Lunatic asylums United Provinces 1909-1921 - 1909-1921
Year: 1909
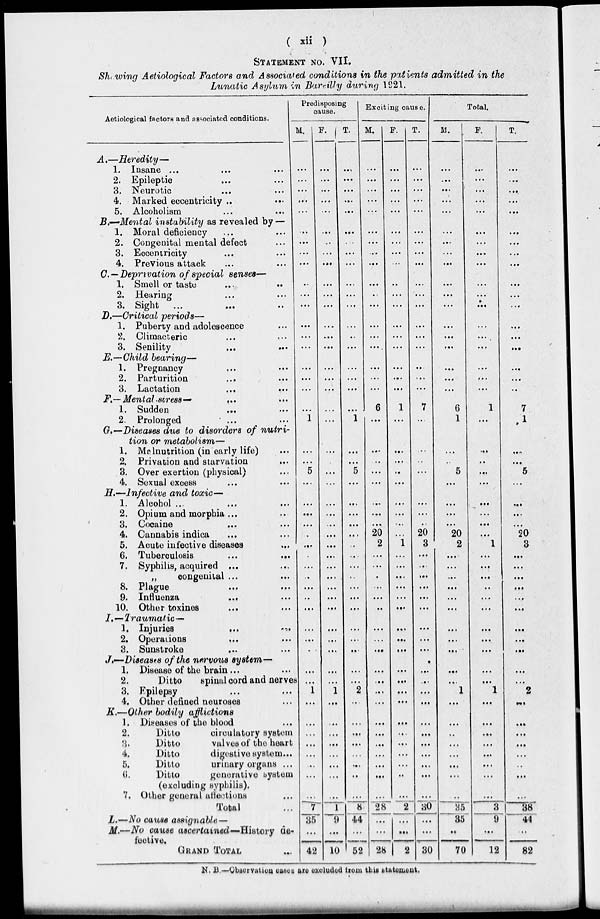
( xii )
STATEMENT NO. VII.
Showing Aetiological Factors and Associated conditions in the patients admitted in the
Lunatic Asylum in Bareilly during 1921.
Aetiological factors and associated conditions.
A.—Heredity—
1.
2.
3.
4.
5.
Insane ... ... ...
Epileptic ... ... ...
Neurotic
...
...
...
Marked eccentricity .. ...
Alcoholism ... ...
B.—Mental instability as revealed by —
1.
2.
3.
4.
Moral deficiency ... ...
Congenital mental defect ...
Eccentricity ... ...
Previous attack ... ...
C.— Deprivation of special senses—
1.
2.
3.
Smell or taste ... ...
Hearing ... ...
Sight
...
... ...
D.—Critical periods—
1.
2.
3.
Puberty and adolescence ...
Climacteric ... ...
Senility ... ...
E.—Child bearing—
1.
2.
3.
Pregnancy
... ...
Parturition
... ...
Lactation
... ...
F.—Mental stress— ... ...
1.
2.
Sudden ... ...
Prolonged ... ...
G.—Diseases due to disorders of nutri-
tion or metabolism—
1.
2.
3.
4.
Malnutrition (in early life) ...
Privation and starvation ...
Over exertion (physical) ...
Sexual excess ... ...
H.—Infective and toxic—
1.
2.
3.
4.
5.
6.
7.
8.
9.
10.
Alcohol ... ... ...
Opium and morphia ... ...
Cocaine
... ...
Cannabis indica ... ...
Acute infective diseases ...
Tuberculosis
... ...
Syphilis, acquired ... ...
„
congenital ... ...
Plague ... ...
Influenza
... ...
Other toxines ... ...
I.—Traumatic—
1.
2.
3.
Injuries
... ...
Operations ... ...
Sunstroke ... ...
J.—Diseases of the nervous system—
1.
2.
3.
4.
Disease of the brain ... ...
Ditto
spinal cord and nerves
Fpilepsy ... ...
Other defined neuroses ...
K.—Other bodily afflictions
1.
2.
3.
4.
5.
6.
7.
Diseases of the blood ...
Ditto
circulatory system
Ditto
valves of the heart
Ditto
digestive system...
Ditto
urinary organs ...
Ditto
generative system
(excluding syphilis).
Other general attentions ...
Total ...
L.—No cause assignable —
M.—No cause ascertained—History
de-
fective.
GRAND TOTAL ...
Predisposing
cause.
M.
...
...
...
...
...
...
...
...
...
..
...
...
...
...
...
...
...
...
...
1
...
...
5
...
...
...
...
...
...
.
...
...
...
..
...
...
...
..
...
...
1
...
...
...
...
...
...
...
... 7
35
...
42
F.
...
...
...
...
...
...
...
...
...
...
...
...
...
...
...
...
...
...
...
...
...
...
...
...
...
...
...
...
...
...
...
...
...
...
...
...
...
...
...
...
1
...
...
...
...
...
...
...
...
1
9
...
10
T.
...
...
...
...
...
...
...
...
...
...
...
...
...
..
...
...
...
...
...
1
...
...
5
...
...
...
...
...
..
...
...
...
...
...
...
...
...
...
...
...
2
...
...
...
...
...
...
..
...
8
44
...
52
Exciting cause.
M.
...
...
...
...
...
...
...
..
...
...
..
...
...
...
...
...
...
...
6
...
...
..
...
...
...
...
...
20
2
...
...
...
...
...
..
...
...
...
...
...
...
...
...
...
...
...
...
...
...
28
...
...
28
F.
...
...
...
...
...
...
...
...
...
..
...
...
...
...
...
...
...
...
1
...
...
...
..
...
...
...
...
...
1
...
...
...
...
...
...
...
...
...
...
...
...
...
...
...
...
...
..
...
2
...
...
2
T.
...
...
...
...
...
...
...
...
...
...
...
...
...
...
...
...
...
...
7
...
...
...
...
...
...
...
...
20
3
...
...
...
...
...
...
...
...
...
...
...
...
...
...
...
...
...
...
...
...
30
...
...
30
Total.
M.
...
...
...
...
...
...
...
...
...
...
...
...
...
...
...
...
...
...
6
1
...
..
5
...
...
...
...
20
2
...
...
...
...
...
...
...
...
...
...
...
1
...
...
..
...
...
...
...
35 35
35
..
70
F.
...
...
...
...
...
...
...
...
...
...
...
...
...
...
...
...
...
...
1
...
...
..
...
...
...
...
...
...
1
...
...
...
..
...
...
...
...
...
...
...
1
...
...
...
...
...
...
...
...
3
9
...
12
T.
...
...
...
...
...
...
...
...
...
...
...
...
...
...
...
...
...
..
7
1
...
...
5
...
...
...
...
20
3
...
...
...
...
...
...
...
...
...
...
...
2
...
...
...
...
...
..
...
...
38
44
...
82
N. B.—Observation cases are excluded from this statement.